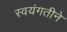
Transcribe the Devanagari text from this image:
स्वयंगतीने